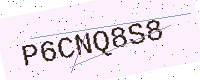
Text: P6CNQ8S8